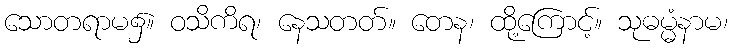
သောတရာမ၌။ ဝသိကိရ၊ နေသတတ်။ တေန၊ ထို့ကြောင့်။ သုဓမ္မံနာမ၊